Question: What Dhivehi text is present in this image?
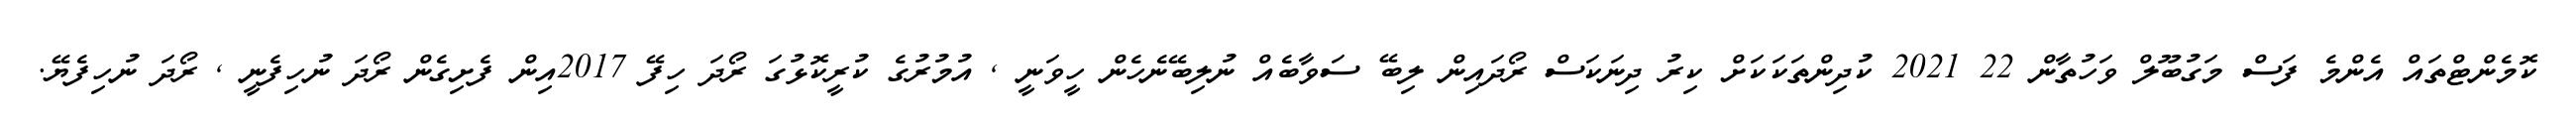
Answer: ކޮމެންޓްތައް އެންމެ ފަސް މަގުބޫލް ވަހުތާން 22 2021 ކުދިންތަކަކަށް ކިރު ދިނަކަސް ރޯދައިން ލިބޭ ސަވާބެއް ނުލިބޭނެހެން ހީވަނީ , އުމުރުގެ ކުރީކޮޅުގަ ރޯދަ ހިފޭ 2017އިން ފެށިގެން ރޯދަ ނުހިފެނީ , ރޯދަ ނުހިފެޔޭ.